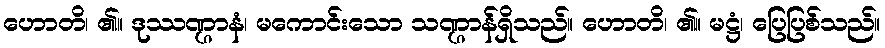
ဟောတိ၊ ၏။ ဒုဿဏ္ဌာနံ၊ မကောင်းသော သဏ္ဌာန်ရှိသည်။ ဟောတိ၊ ၏။ မဋ္ဌံ၊ ပြေပြစ်သည်။